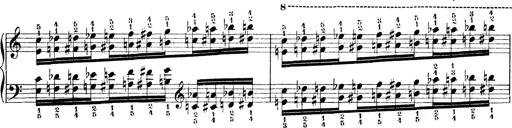
Title: Technische Studien
Composer: Franz Liszt